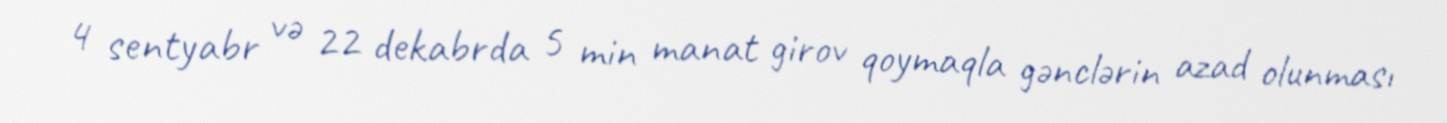
4 sentyabr və 22 dekabrda 5 min manat girov qoymaqla gənclərin azad olunması